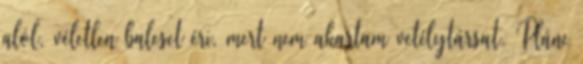
alól, véletlen baleset éri, mert nem akartam vetélytársat. Pláne